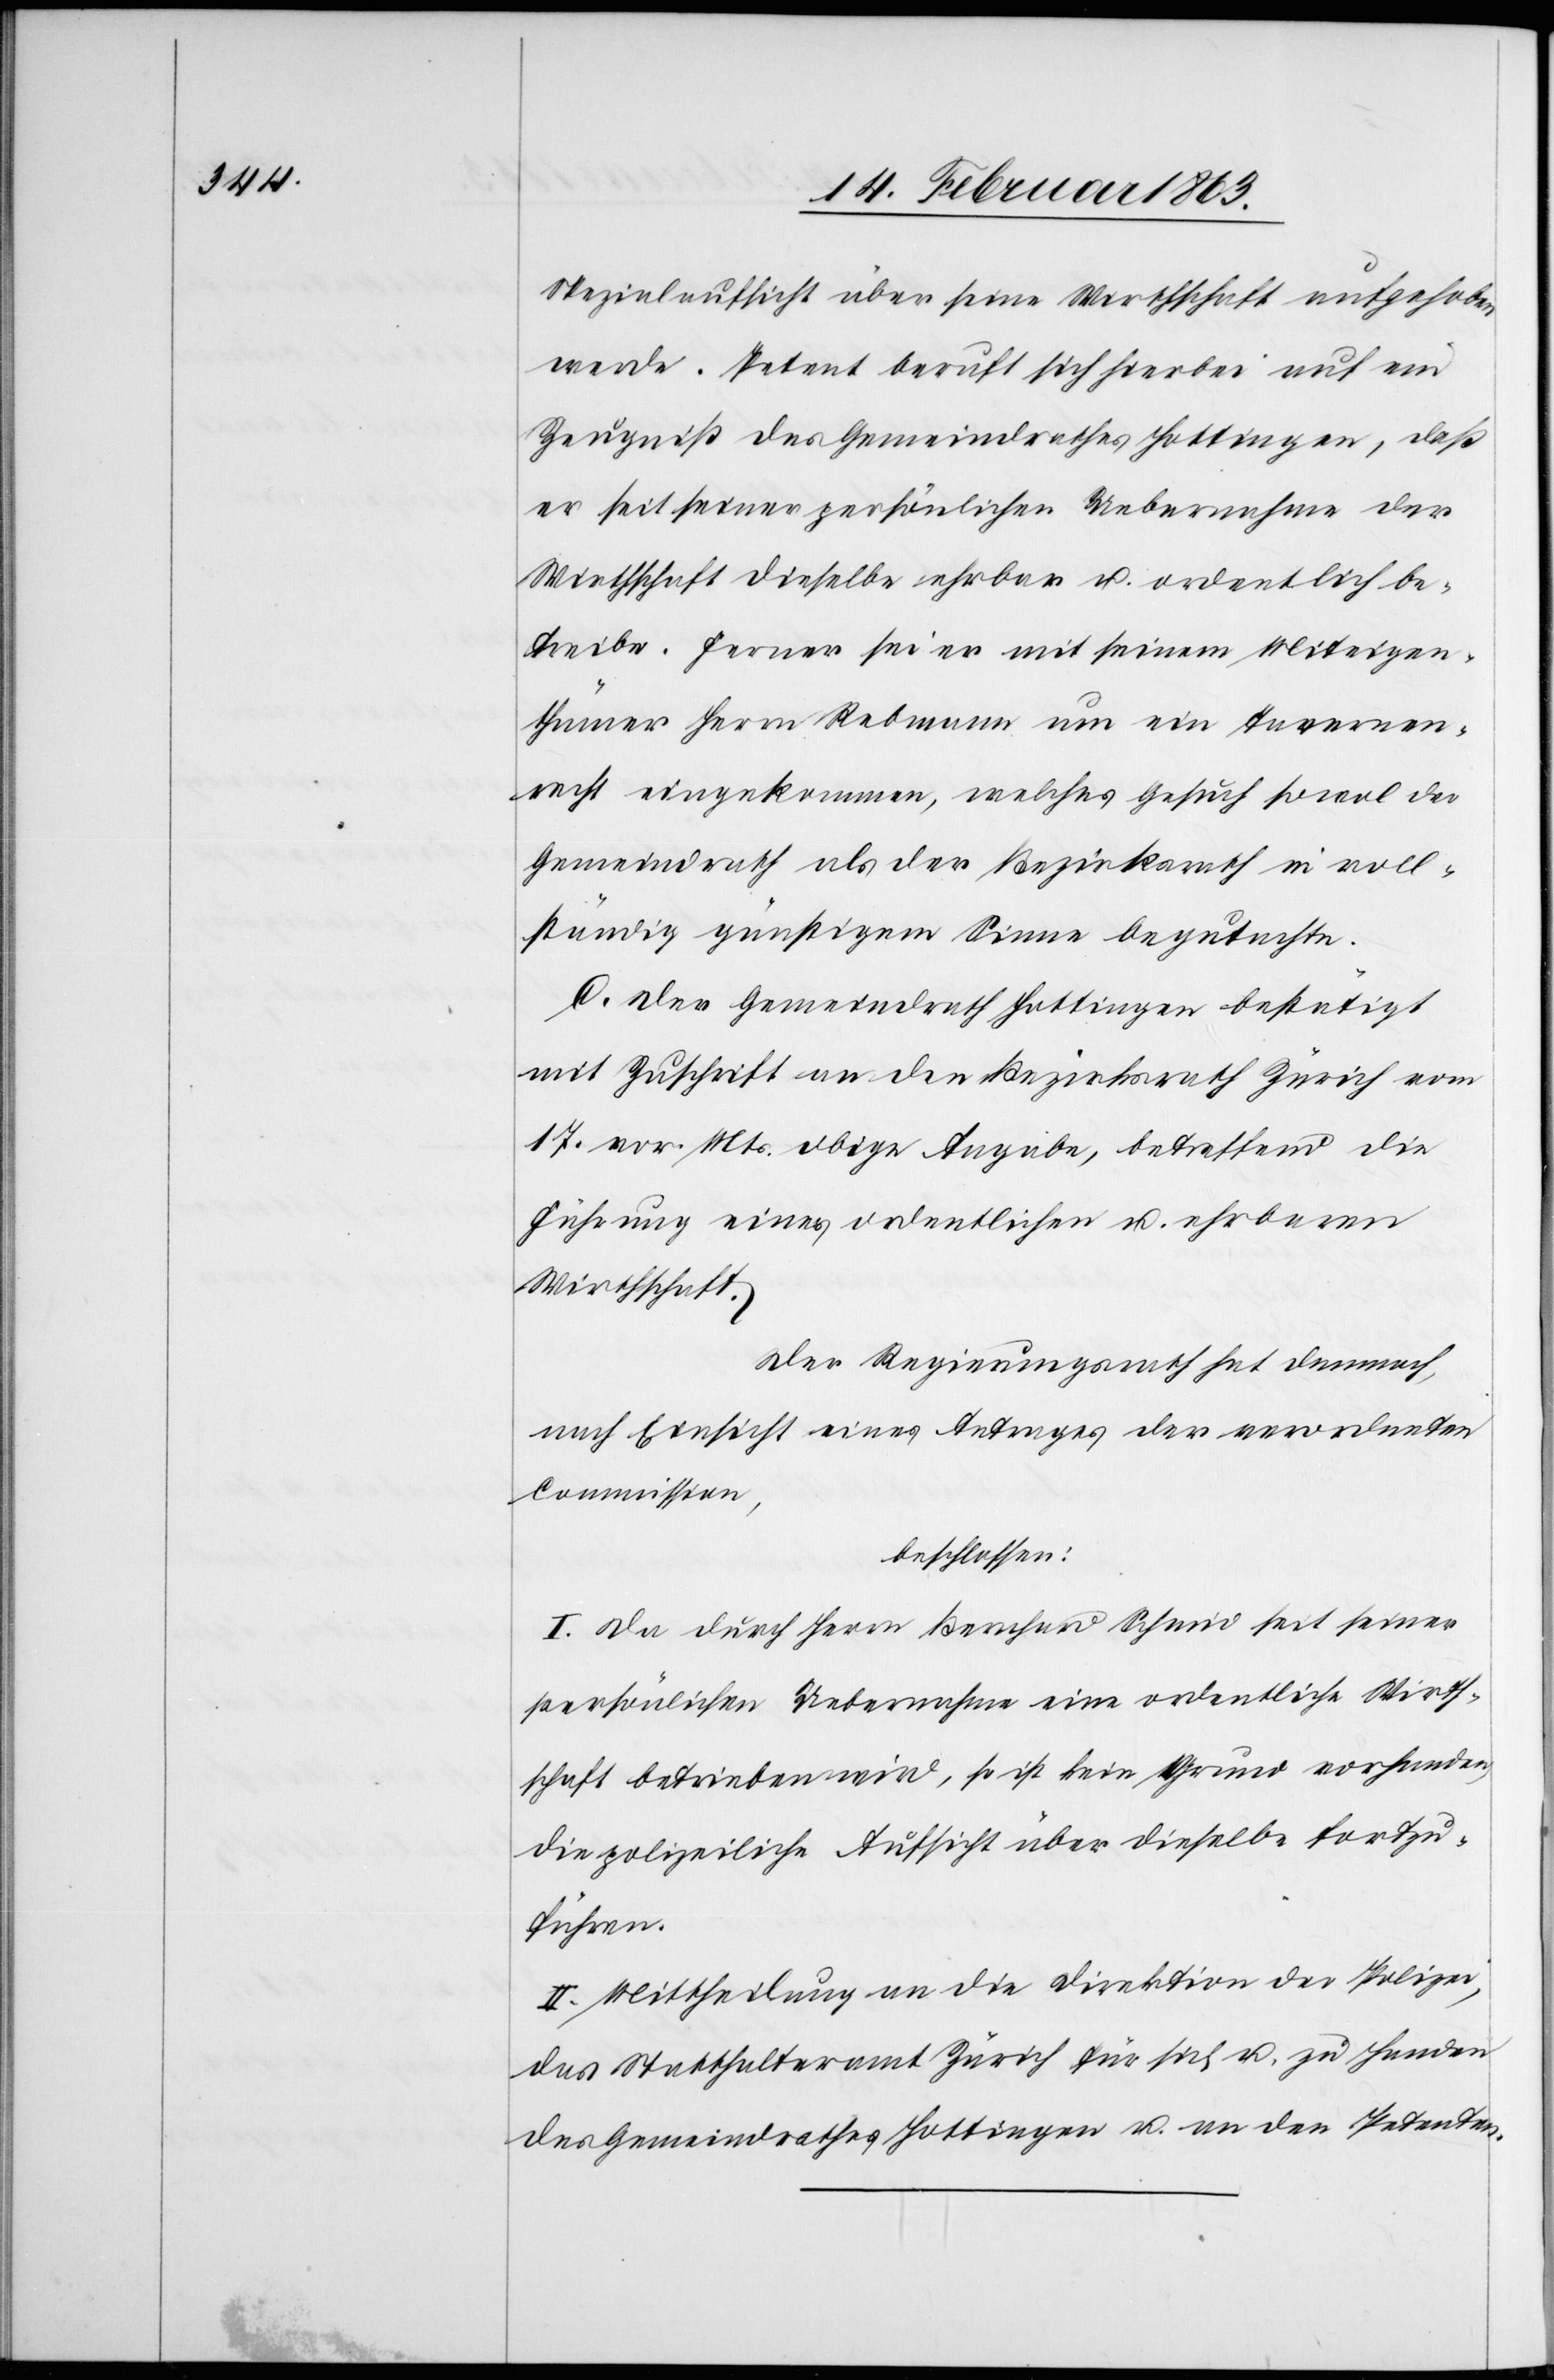
Spezialaufsicht über seine Wirthschaft aufgehoben
werde. Petent beruft sich hierbei auf ein
Zeugniß des Gemeindrathes Hottingen, daß
er seit seiner persönlichen Uebernahme der
Wirthschaft dieselbe ehrbar u. ordentlich be¬
treibe. Ferner sei er mit seinem Miteigen¬
thümer Herrn Rebmann um ein Tavernen¬
recht eingekommen, welches Gesuch sowol der
Gemeindrath als der Bezirksrath in voll¬
ständig günstigem Sinne begutachte.
C. Der Gemeindrath Hottingen bestätigt
mit Zuschrift an den Bezirksrath Zürich vom
17. vor. Mts. obige Angabe, betreffend die
Führung einer ordentlichen u. ehrbaren
Wirthschaft.
Der Regierungsrath hat demnach,
nach Einsicht eines Antrages der verordneten
Commission,
beschlossen:
I. Da durch Herrn Bernhard Schmid seit seiner
persönlichen Uebernahme eine ordentliche Wirth¬
schaft betreiben wird, so ist kein Grund vorhanden,
die polizeiliche Aufsicht über dieselbe fortzu¬
führen.
II. Mittheilung an die Direktion der Polizei,
das Statthalteramt Zürich für sich u. zu Handen
des Gemeindrathes Hottingen u. an den Petenten.